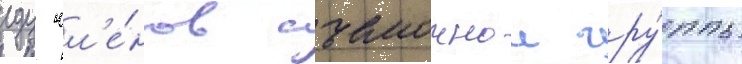
еду чл'е́нов съемочнои гру́ппы